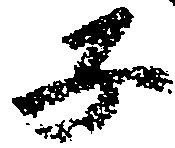
子